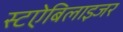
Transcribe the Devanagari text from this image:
स्टऐबिलाइजर